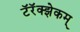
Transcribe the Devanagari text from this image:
टॅरॅक्झेकम्‌